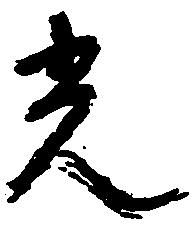
光